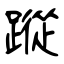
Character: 蹤